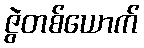
ဇွဲတစ်ယောက်